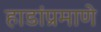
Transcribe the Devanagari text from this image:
हाडांप्रमाणे